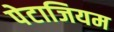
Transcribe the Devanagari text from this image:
पेटाजियम